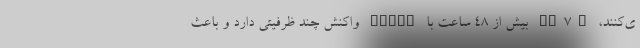
ی‌کنند، PC۷A بیش از ۴۸ ساعت با STING واکنش چند ظرفیتی دارد و باعث